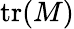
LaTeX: \mathrm{tr}(M)